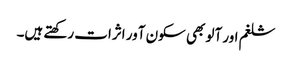
شلغم اور آلو بھی سکون آور اثرات رکھتے ہیں۔